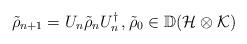
LaTeX: \begin{align*}\tilde \rho_{n+1}=U_n\tilde \rho_n U_n^\dagger\,, \tilde\rho_0\in\mathbb D(\mathcal H\otimes\mathcal K)\end{align*}